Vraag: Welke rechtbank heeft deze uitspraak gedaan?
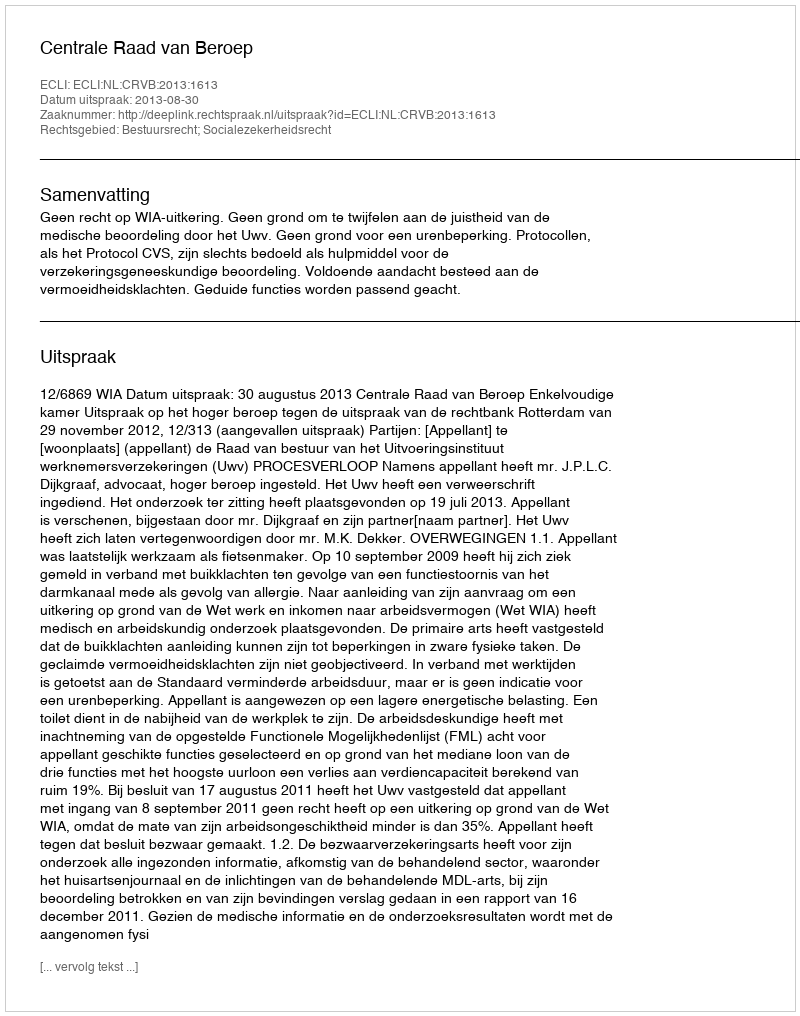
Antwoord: Centrale Raad van Beroep